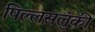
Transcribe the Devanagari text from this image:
पिल्लसलुंकी